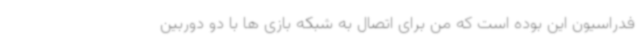
فدراسیون این بوده است که من برای اتصال به شبکه بازی ها با دو دوربین